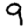
Digit: 9